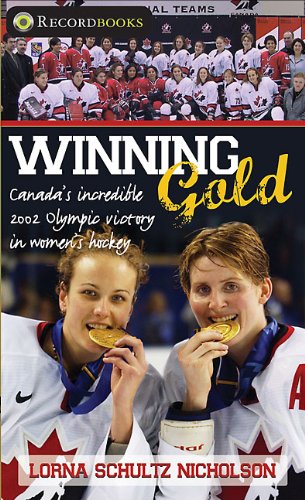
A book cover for Winning Gold: Canada's incredible 2002 Olympic victory in women's hockey (Lorimer Recordbooks); Lorna Schultz Nicholson; Teen & Young Adult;